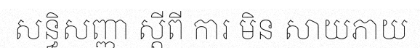
សន្ធិសញ្ញា ស្តីពី ការ មិន សាយភាយ